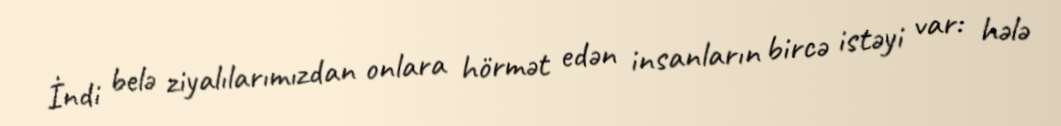
İndi belə ziyalılarımızdan onlara hörmət edən insanların bircə istəyi var: hələ